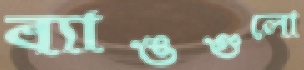
ব্যাঙগুলো